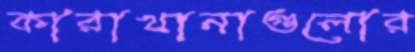
কারাখানাগুলোর